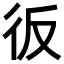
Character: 𢓉